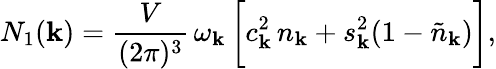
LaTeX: N_{1}({\mathbf k})=\frac{V}{(2\pi)^{3}}\, \omega_{\mathbf k}\, \bigg[c_{\mathbf k}^{2}\, n_{\mathbf k}+s_{\mathbf k}^{2}(1-\tilde{n}_{\mathbf k})\bigg],